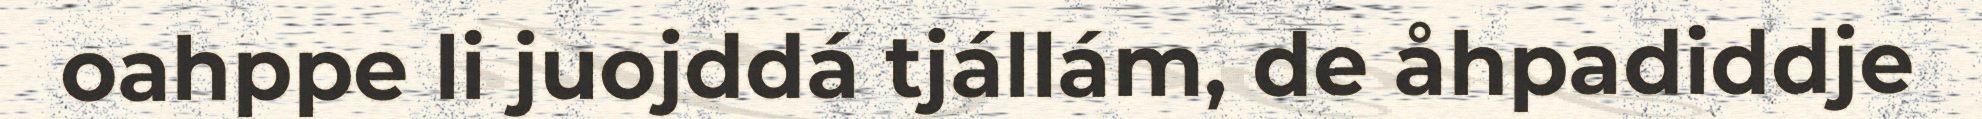
oahppe li juojddá tjállám, de åhpadiddje